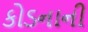
કોડનાની